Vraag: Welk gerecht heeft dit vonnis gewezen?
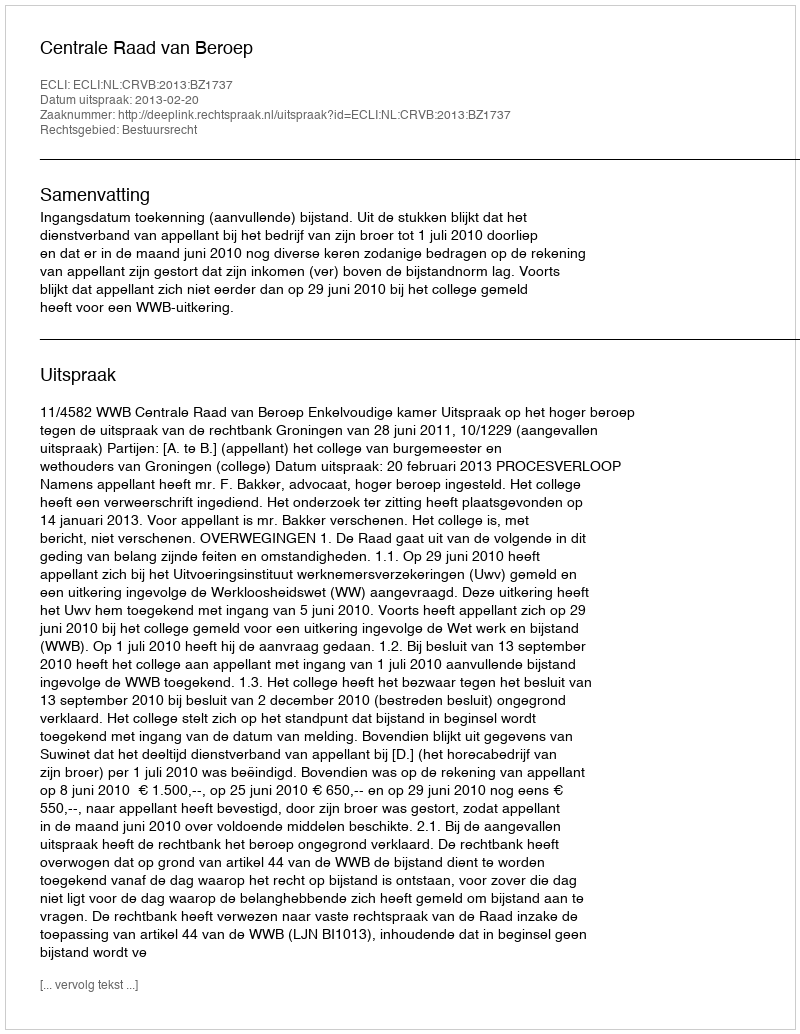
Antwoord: Centrale Raad van Beroep